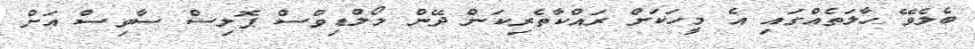
ބެލެވޭ ހާލަތެއްގައި އެ މީހަކަށް ރައްކާތެރިކަން ދޭން މޯލްޑިވްސް ޕޮލިސް ސާވިސް އަށް